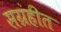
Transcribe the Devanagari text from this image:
सग्रंहीत